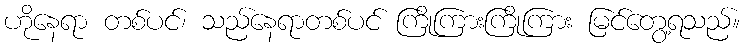
ဟိုနေရာ တစ်ပင်၊ သည်နေရာတစ်ပင် ကြိုကြားကြိုကြား မြင်တွေ့ရသည်။